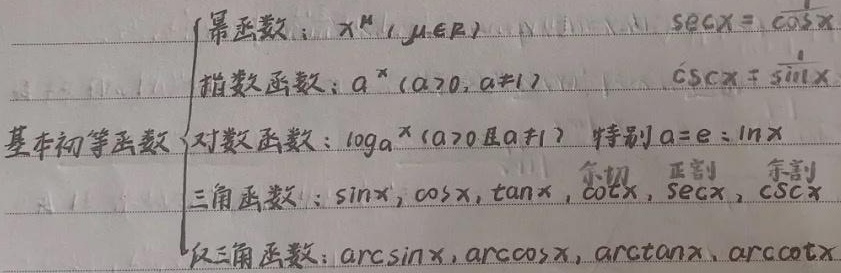
基本初等函数
\[
\begin{cases}
\text{幂函数：}x^{\mu}(\mu\in\mathbb{R})\\
\text{指数函数：}a^{x}(a > 0,a\neq1)\\
\text{对数函数：}\log_{a}x(a > 0且a\neq1)\text{ 特别 }a = e:\ln x\\
\text{三角函数：}\sin x,\cos x,\tan x,\cot x,\sec x,\csc x\\
\text{反三角函数：}\arcsin x,\arccos x,\arctan x,\text{arccot}x
\end{cases}
\]
其中 \(\sec x=\frac{1}{\cos x}\)，\(\csc x=\frac{1}{\sin x}\) 。